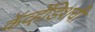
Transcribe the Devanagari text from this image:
कॅव्हेंडिशची